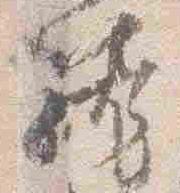
籠